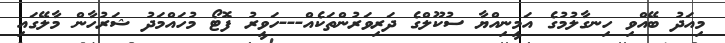
މިއަދު ބޭއްވި ހިނގާލުމުގެ އަމީނިއްޔާ ސުކޫލްގެ ދަރިވަރުންތަކެއް---ހަވީރު ފޮޓޯ މުހައްމަދު ޝަރުހާން މާލޭގައި